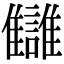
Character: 讎